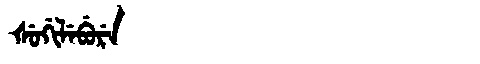
Manchu: ᡧᡠᡤᡳᠯᡝᠪᡠᡵᡝ
Romanization: ŠUGILEBURE